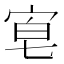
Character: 𡨗